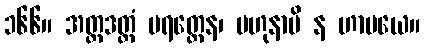
၁၆၆။ အတ္တဒတ္ထံ ပရတ္ထေန၊ ဗဟုနာပိ န ဟာပယေ။